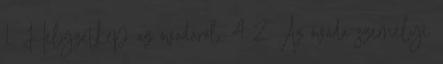
1. Helyzetkép az óvodáról. 4 2. Az óvoda személyi